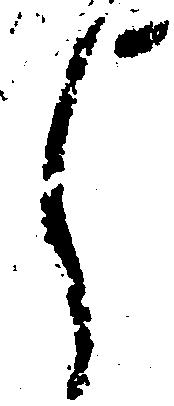
し